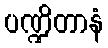
ပဏ္ဍိတာနံ